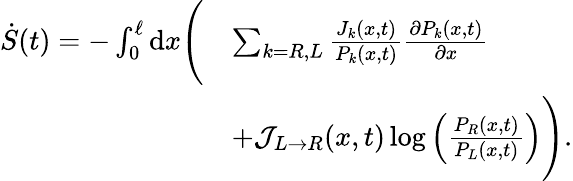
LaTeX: \begin{array}{rl}{\dot{S}(t)=-\int_{0}^{\ell}\mathrm{d}x\Bigg(}&{\sum_{k=R,L}\frac{J_{k}(x,t)}{P_{k}(x,t)}\frac{\partial P_{k}(x,t)}{\partial x}}\\ &{+\mathcal{J}_{L\rightarrow R}(x,t)\log\left(\frac{P_{R}(x,t)}{P_{L}(x,t)}\right)\Bigg).}\end{array}